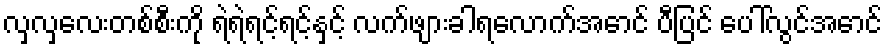
လှလှလေးတစ်စီးကို ရဲရဲရင့်ရင့်နှင့် လက်ဖျားခါရလောက်အောင် ပီပြင် ပေါ်လွင်အောင်